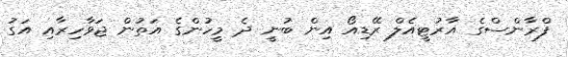
ފްރާންސްގެ އާރުޓީއެލް ރޭޑިއޯ އިން ބުނީ ދެ މީހުންގެ އަތުން ޖަވާހިރާއި އަގު